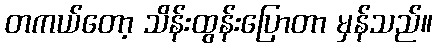
တကယ်တော့ သိန်းထွန်းပြောတာ မှန်သည်။